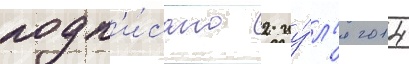
подп'и́сано 2 иу́л'я 2014